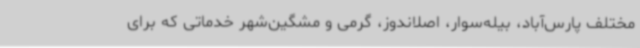
مختلف پارس‌آباد، بیله‌سوار، اصلاندوز، گرمی و مشگین‌شهر خدماتی که برای